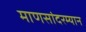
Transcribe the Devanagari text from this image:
माणसांदरम्यान